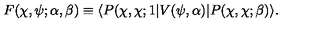
F ( \chi , \psi ; \alpha , \beta ) \equiv \langle P ( \chi , \chi ; 1 | V ( \psi , \alpha ) | P ( \chi , \chi ; \beta ) \rangle .